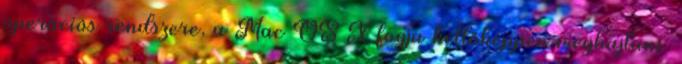
operációs rendszere, a Mac OS X fogja kellőképpen meghajtani.